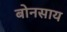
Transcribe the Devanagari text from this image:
बोनसाय